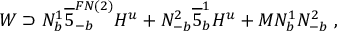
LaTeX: W \supset N _ { b } ^ { 1 } \overline { { { 5 } } } _ { - b } ^ { F N ( 2 ) } H ^ { u } + N _ { - b } ^ { 2 } \overline { { { 5 } } } _ { b } ^ { 1 } H ^ { u } + M N _ { b } ^ { 1 } N _ { - b } ^ { 2 } \; ,